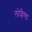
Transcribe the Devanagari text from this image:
लोल्लैण्ड